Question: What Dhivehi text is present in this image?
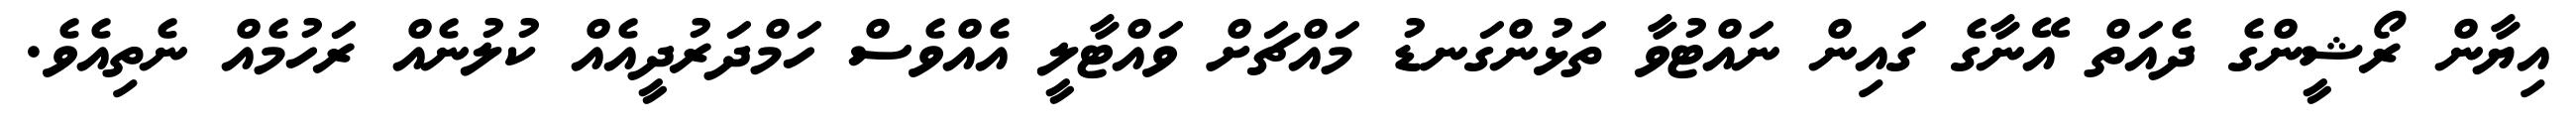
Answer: އިޔާން ރޯޝީންގެ ދެއަތް އޭނާގެ ގައިން ނައްޓުވާ ތަޅުންގަނޑު މައްޗަށް ވައްޓާލީ އެއްވެސް ހަމްދަރުދީއެއް ކުލުނެއް ރަހުމެއް ނެތިއެވެ.